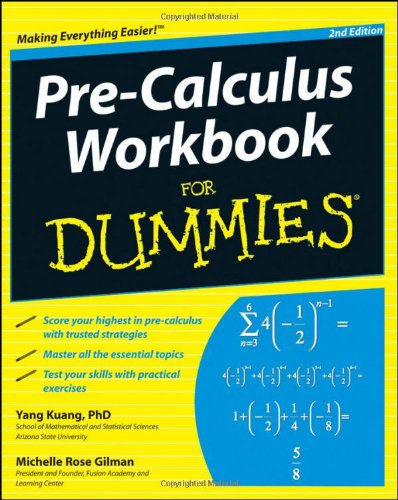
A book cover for Pre-Calculus Workbook For Dummies; Yang Kuang; Science & Math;